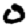
Digit: 0